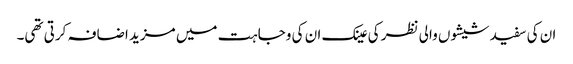
ان کی سفید شیشوں والی نظر کی عینک ان کی وجاہت میں مزید اضافہ کرتی تھی۔